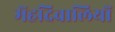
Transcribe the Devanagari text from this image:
मेंहदिवालियों